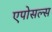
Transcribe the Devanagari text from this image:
एपोसल्स